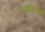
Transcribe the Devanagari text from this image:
शांतीलक्ष्मी